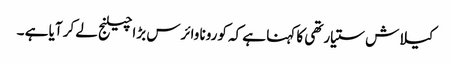
کیلاش ستیارتھی کا کہنا ہے کہ کورونا وائرس بڑا چیلنج لے کر آیا ہے ۔